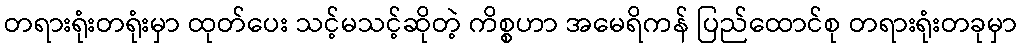
တရားရုံးတရုံးမှာ ထုတ်ပေး သင့်မသင့်ဆိုတဲ့ ကိစ္စဟာ အမေရိကန် ပြည်ထောင်စု တရားရုံးတခုမှာ